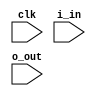
`timescale 1ns / 1ps

/////////////////////////////////////////////////////////////////////////////////////////
//
//   PROJECT DESCRIPTION:	Useful for debouncing switches or button presses. If the 
//							switch goes from high to low, or low to high, the counter
//							will start counting. If bounce occurs during the transitions,
//							the counter will reset. Only when the input has been stable 
//							for a specified time (from counter) will the output change. 
//
//	             VERSION:   1.0  6/9/2020
//
/////////////////////////////////////////////////////////////////////////////////////////

module switch_debounce #(
		
		parameter TIME = 500000   /* amount of counts needed for a time of 4 ms to occur. The counter will count up as long as input is stable.
									 Basically when the input is stable for the above specified TIME parameter (125 MHz * 4ms), the output will follow */ 
		)(
		input clk,
		input i_in,    // switch, button, etc...
		input o_out    // stable and debounced output
		);
			
		// states for FSM
		localparam IDLE = 0;   // idle state
		localparam LTH = 1;    // switch goes from low to high
		localparam HTL = 2;    // switch goes from high to low
		
		reg [1:0] STATE = 0;   // register to keep track of the state
		
		reg r_out = 0;         // output register 
		
		// counter registers
		reg [31:0] counter = 0; // 32 bits so can specify a wide range of the TIME paramter
		reg count_enable = 0;   
		
		
		// always block to count
		always @ (posedge clk)
			begin 
				if (count_enable)
					begin 
						if (counter < TIME - 1)
							counter <= counter + 1;
						else 
							counter <= 0;
					end  // if (count...
				else  // if the count_enable is low
					counter <= 0;
			end  // always
		
		// state machine 
		always @ (posedge clk)
			begin 
				case (STATE)
					
					IDLE : begin   // IDLE is where the input is low, waiting to be switched or pressed (button)
							r_out <= 0;
							count_enable <= 0;
							if (i_in)  // if the input goes high
								STATE <= LTH;  // change state to the low to high (LTH) state
							else 
								STATE <= IDLE;  // else stay in the same state. 
						   end  // IDLE 
					
					LTH : begin 
							if (i_in) 
								begin 
									count_enable <= 1;  // enable counter
									if (counter == TIME - 1)  // if the counter reaches the full time
										begin
											r_out <= 1;  // the input is not bouncing anymore, so make output go high
											STATE <= HTL;  // change state to wait for when input switch goes back low
										end  // if (counter...
									else  // if counter doesn't reach full time
										begin 
											r_out <= 0;  // output not high
											STATE <= LTH;  // keep in same state 
										end  // else 
								end  // if (i_in)	
							else  // if i_in goes back low due to bounce
								begin 
									count_enable <= 0;  // reset counter
									r_out <= 0;
									STATE <= LTH;  // stay in same state 
								end  // else 
						  end  // LTH
						  
					HTL : begin 
							if (!i_in)
								begin 
									count_enable <= 1;  // enable counter
									if (counter == TIME - 1)  // if the counter reaches the full time
										begin
											r_out <= 0;  // the input is not bouncing anymore, so make output go low
											STATE <= IDLE;  // change state to wait for when input switch goes high again
										end  // if (counter...
									else  // if counter doesn't reach full time
										begin 
											r_out <= 1;  // output high
											STATE <= HTL;  // keep in same state 
										end  // else 
								end  // if (!i_in)	
							else  // if i_in goes back high due to bounce
								begin 
									count_enable <= 0;  // reset counter
									r_out <= 1;
									STATE <= HTL;  // stay in same state 
								end  // else 
						  end  // HTL 
						  
					default : begin 
								STATE <= IDLE;  // default state: wait for something to happen
								r_out <= 0;
								count_enable <= 0; 
							  end  // default 
				endcase
			end  // always 
			
		// output assignment 
		assign o_out = r_out;

endmodule  // switch_debounce